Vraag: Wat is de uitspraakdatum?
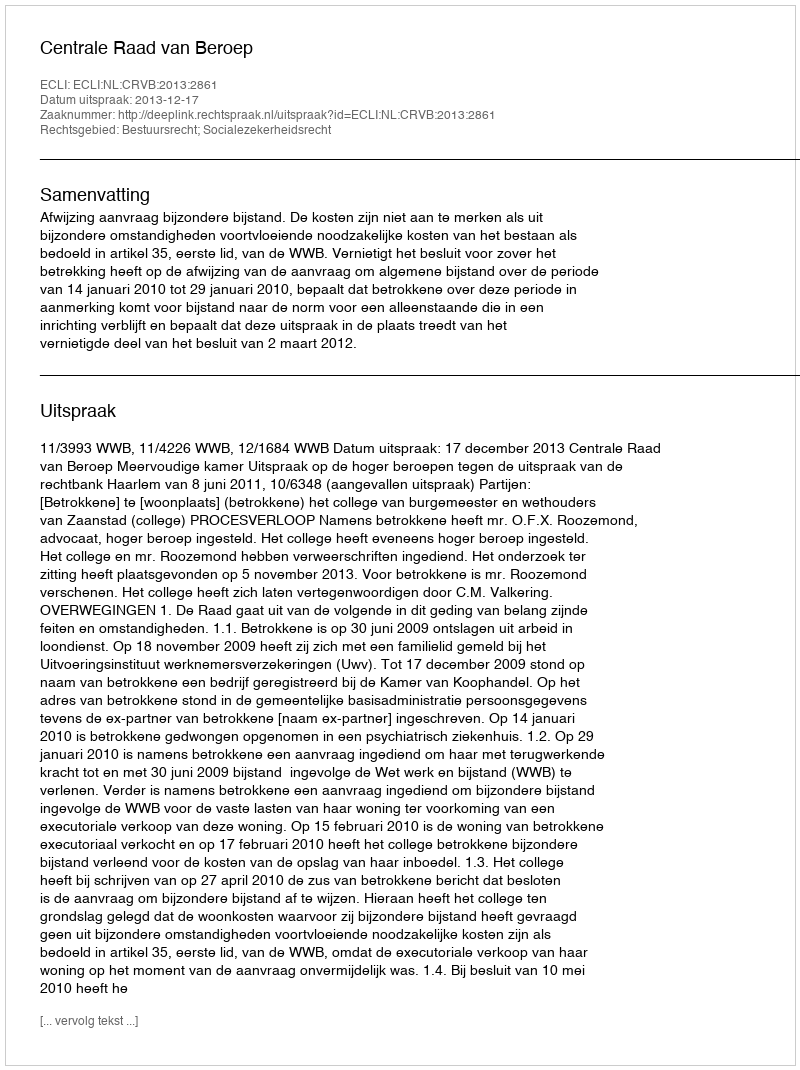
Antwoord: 2013-12-17